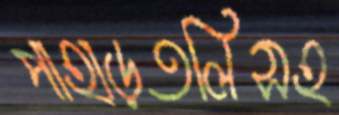
পাহাড়তলিসহ